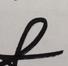
Signature authenticity: genuine